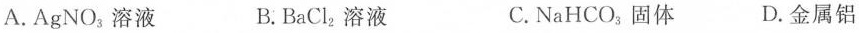
A.AgNO_{3}溶液 B.BaCl_{2}溶液 C.NaHCO_{3}固体 D.金属铝